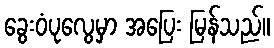
ခွေးဝံပုလွေမှာ အပြေး မြန်သည်။